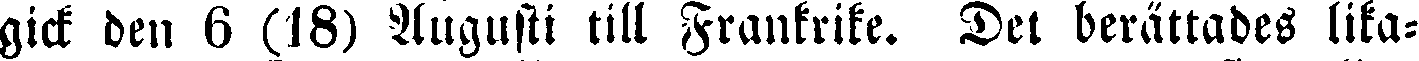
gick den 6 (18) Augusti till Frankrike. Del berättades lika-